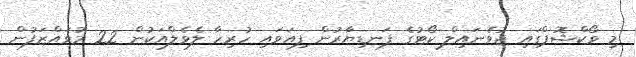
މި ވޯކްޝޮޕްގައި ޖުވެނައިލް ކޯޓުގެ ފަނޑިޔާރުން ފިއަވައި ހުރިހާ ލެވެލްއަކުން 22 މުވައްޒަފުން